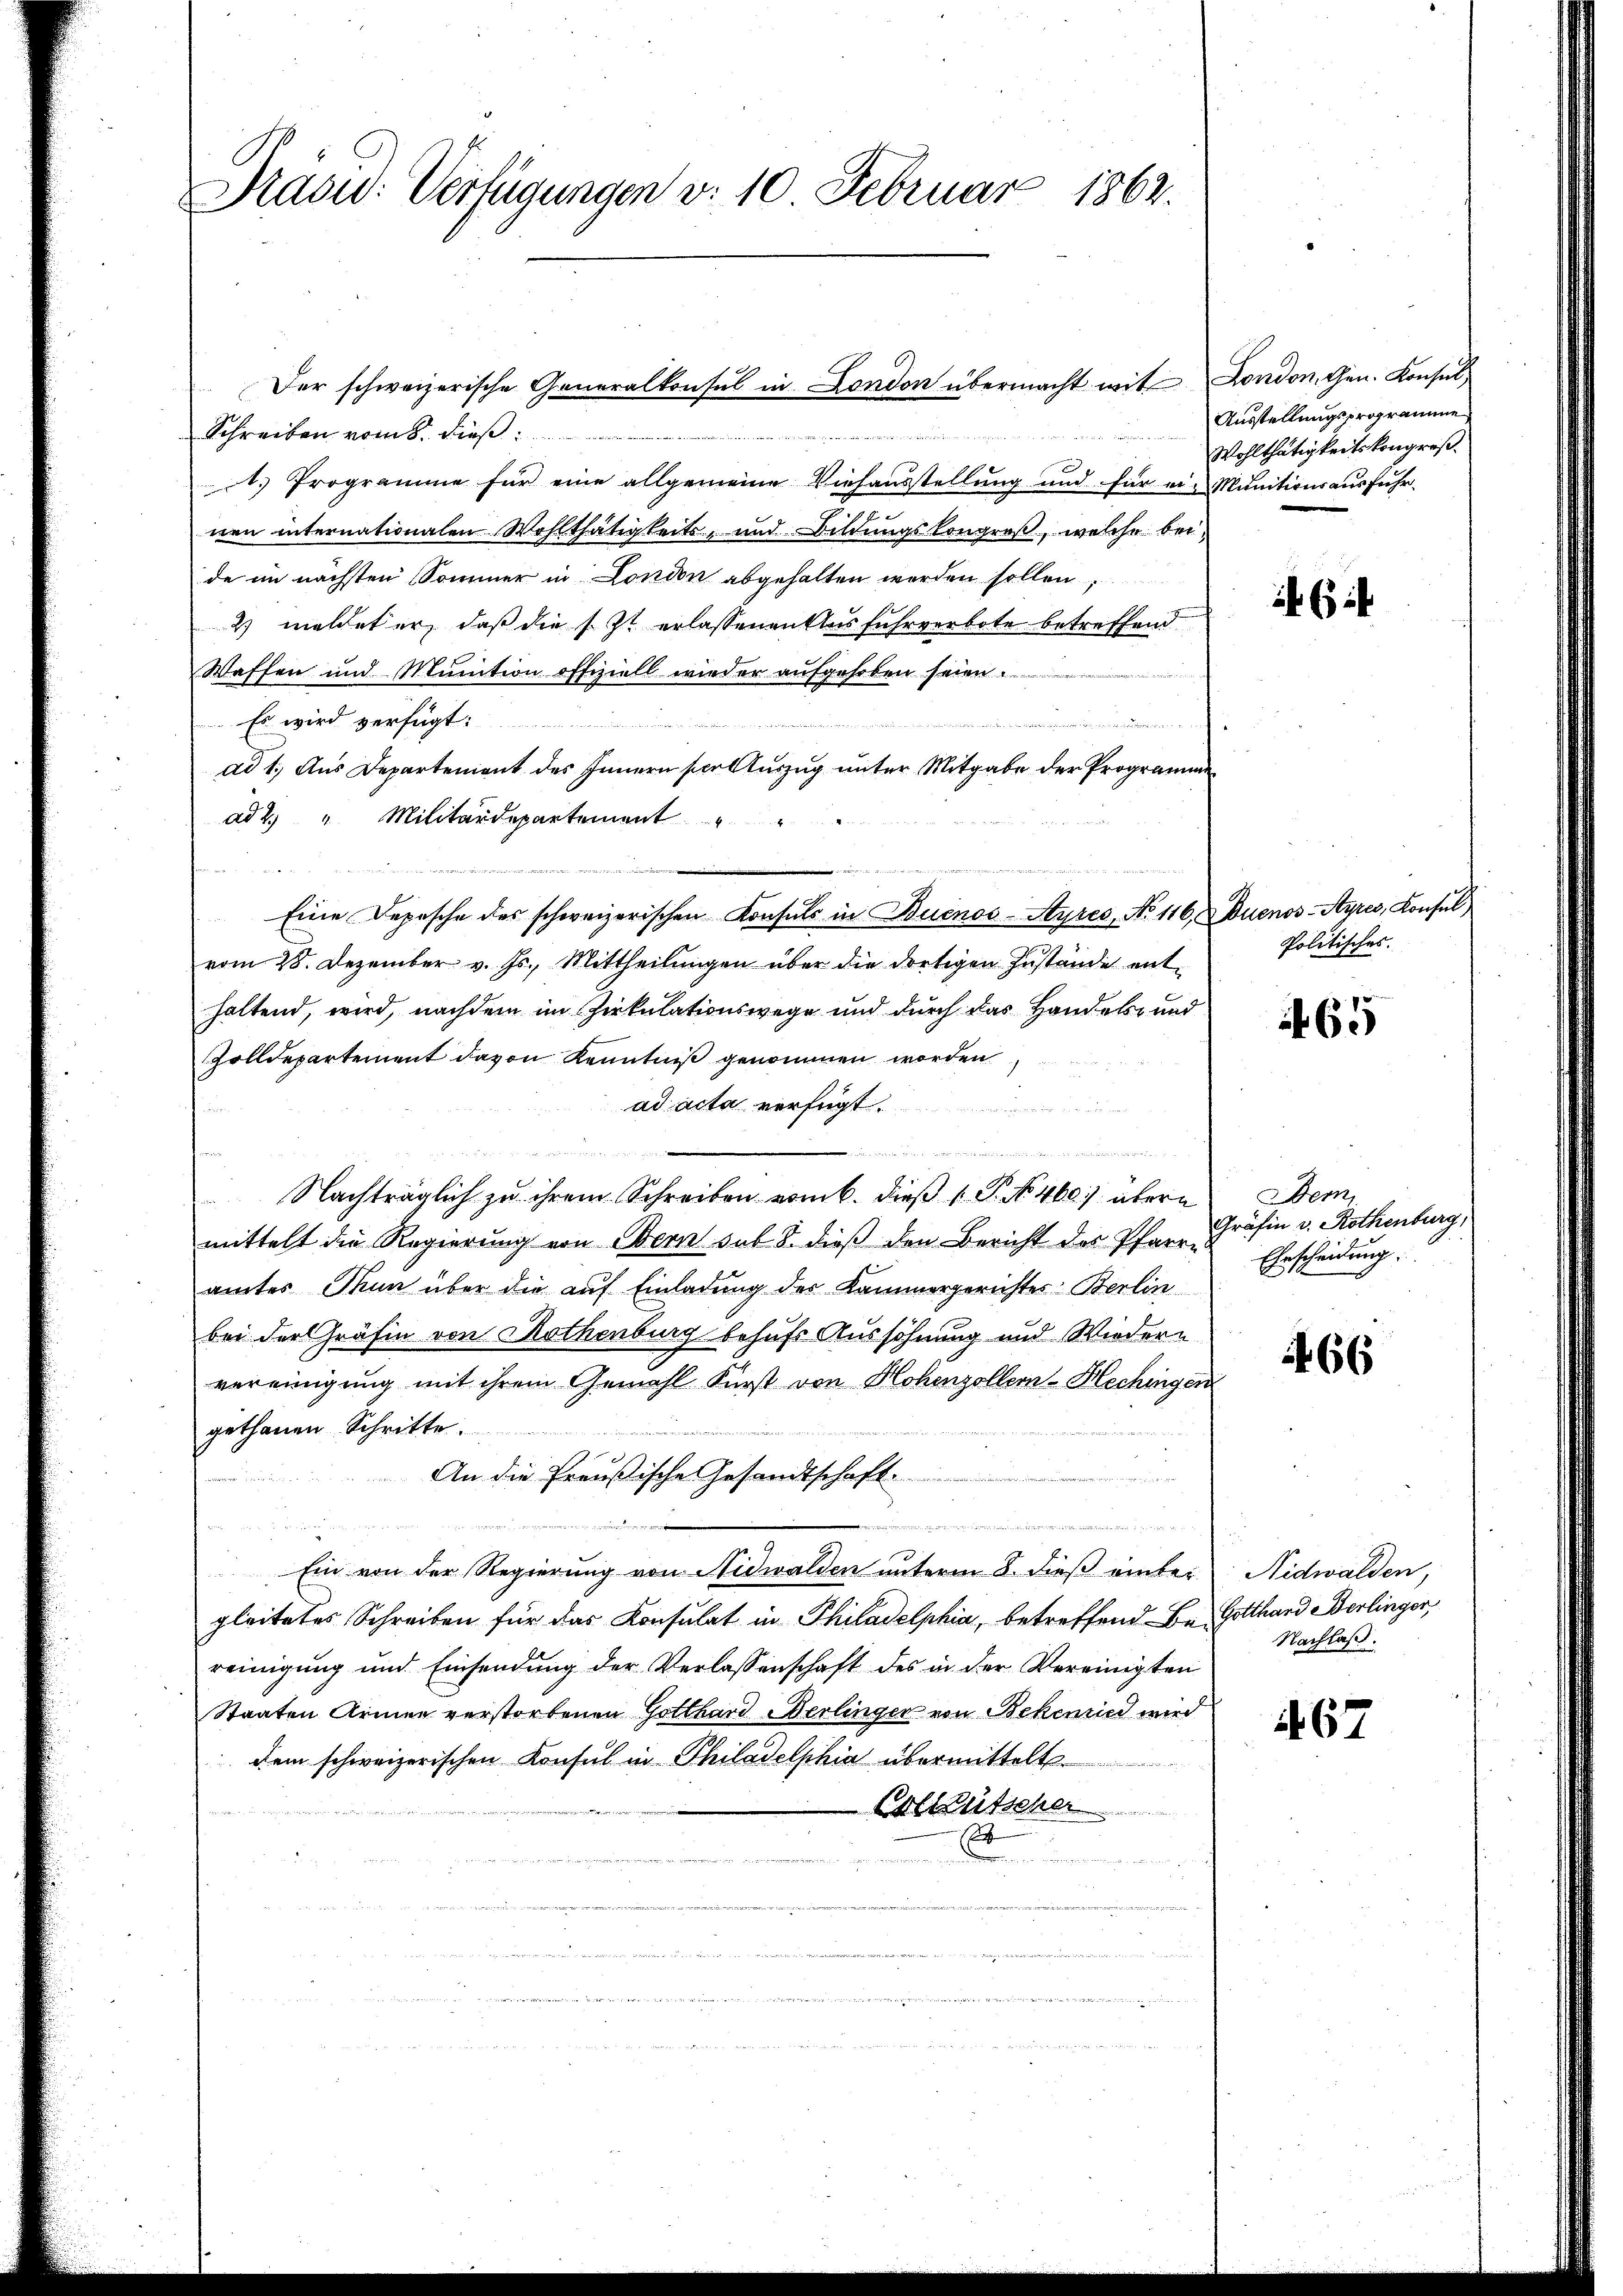
Prasw: Verfügungen v. 10 Februar 1862.

Schreiben vom 8. dieß:
1.) Programme für eine allgemeine Viehausstellung und für ein Munitionsausfuhr-
nen internationalen Wohlthätigkeits, und Bildungskongroß, welche beide im nächsten Sommer in London abgehalten worden sollen,
2) meldet er, daß die s. Zt. erlassenen Ausfuhrverbote betreffend
Waffen und Munition offiziell wieder aufgehoben seien.
Es wird verfügt:
u
ad 1. Aus Departement des Innern vor Auszug unter Mitgabe der Programme
ad 2. " Militärdepartement
vom 28. Dezember v. Js., Mittheilungen über die dortigen Zustände enthaltend, wird, nachdem im Zirkulationswege und durch das Handels- und
Zolldepartement davon Kenntniß genommen worden
ad acta verfügt:

n
Nachträglich zu ihrem Schreiben vom 6. dieß P. Nr. 460) übern Dem
mittelt die Regierung von Bern sub. 8. dieß den Bericht des Pfarre
amtes Thun über die auf Einladung des Kammergerichtes Berlin
bei der Gräfin von Rothenburg behufs Aussöhnung und Wiedern
vereinigung mit ihrem Gemahl Fürst von Hohenzollern-Hechingen
gethanen Schritte.

An die Preußische Gesandtschaft.

Ein von der Regierung von Nidwalden unterm 8. dieß einter Nidwalden,
gleitetes Schreiben für das Konsulat in Philadelphia, betreffend Be- Gotthard Berlinger,
reinigung und Einsendung der Verlassenschaft des in der Vereinigten
Staaten Armen verstorbenen Gotthard Merlinger von Bekenried wird
dem schweizerischen Konsul in Philadelphia übermittelt
Ertütscher
Bern e

Der schweizerische Generalkonsul in London übermacht mit

Eine Depesche des schweizerischen Konsuls in Buenos-Ayres, No 116, Buenos-Ayres, Konsul

London, Gen. Konsul
Ausstellungsprogramme
Wohlthätigkeitskongreß

i

Politisches.

if. 65

Gräfin v. Rothenburg,
Ehrscheidung.

1466

Nachlaß.

467